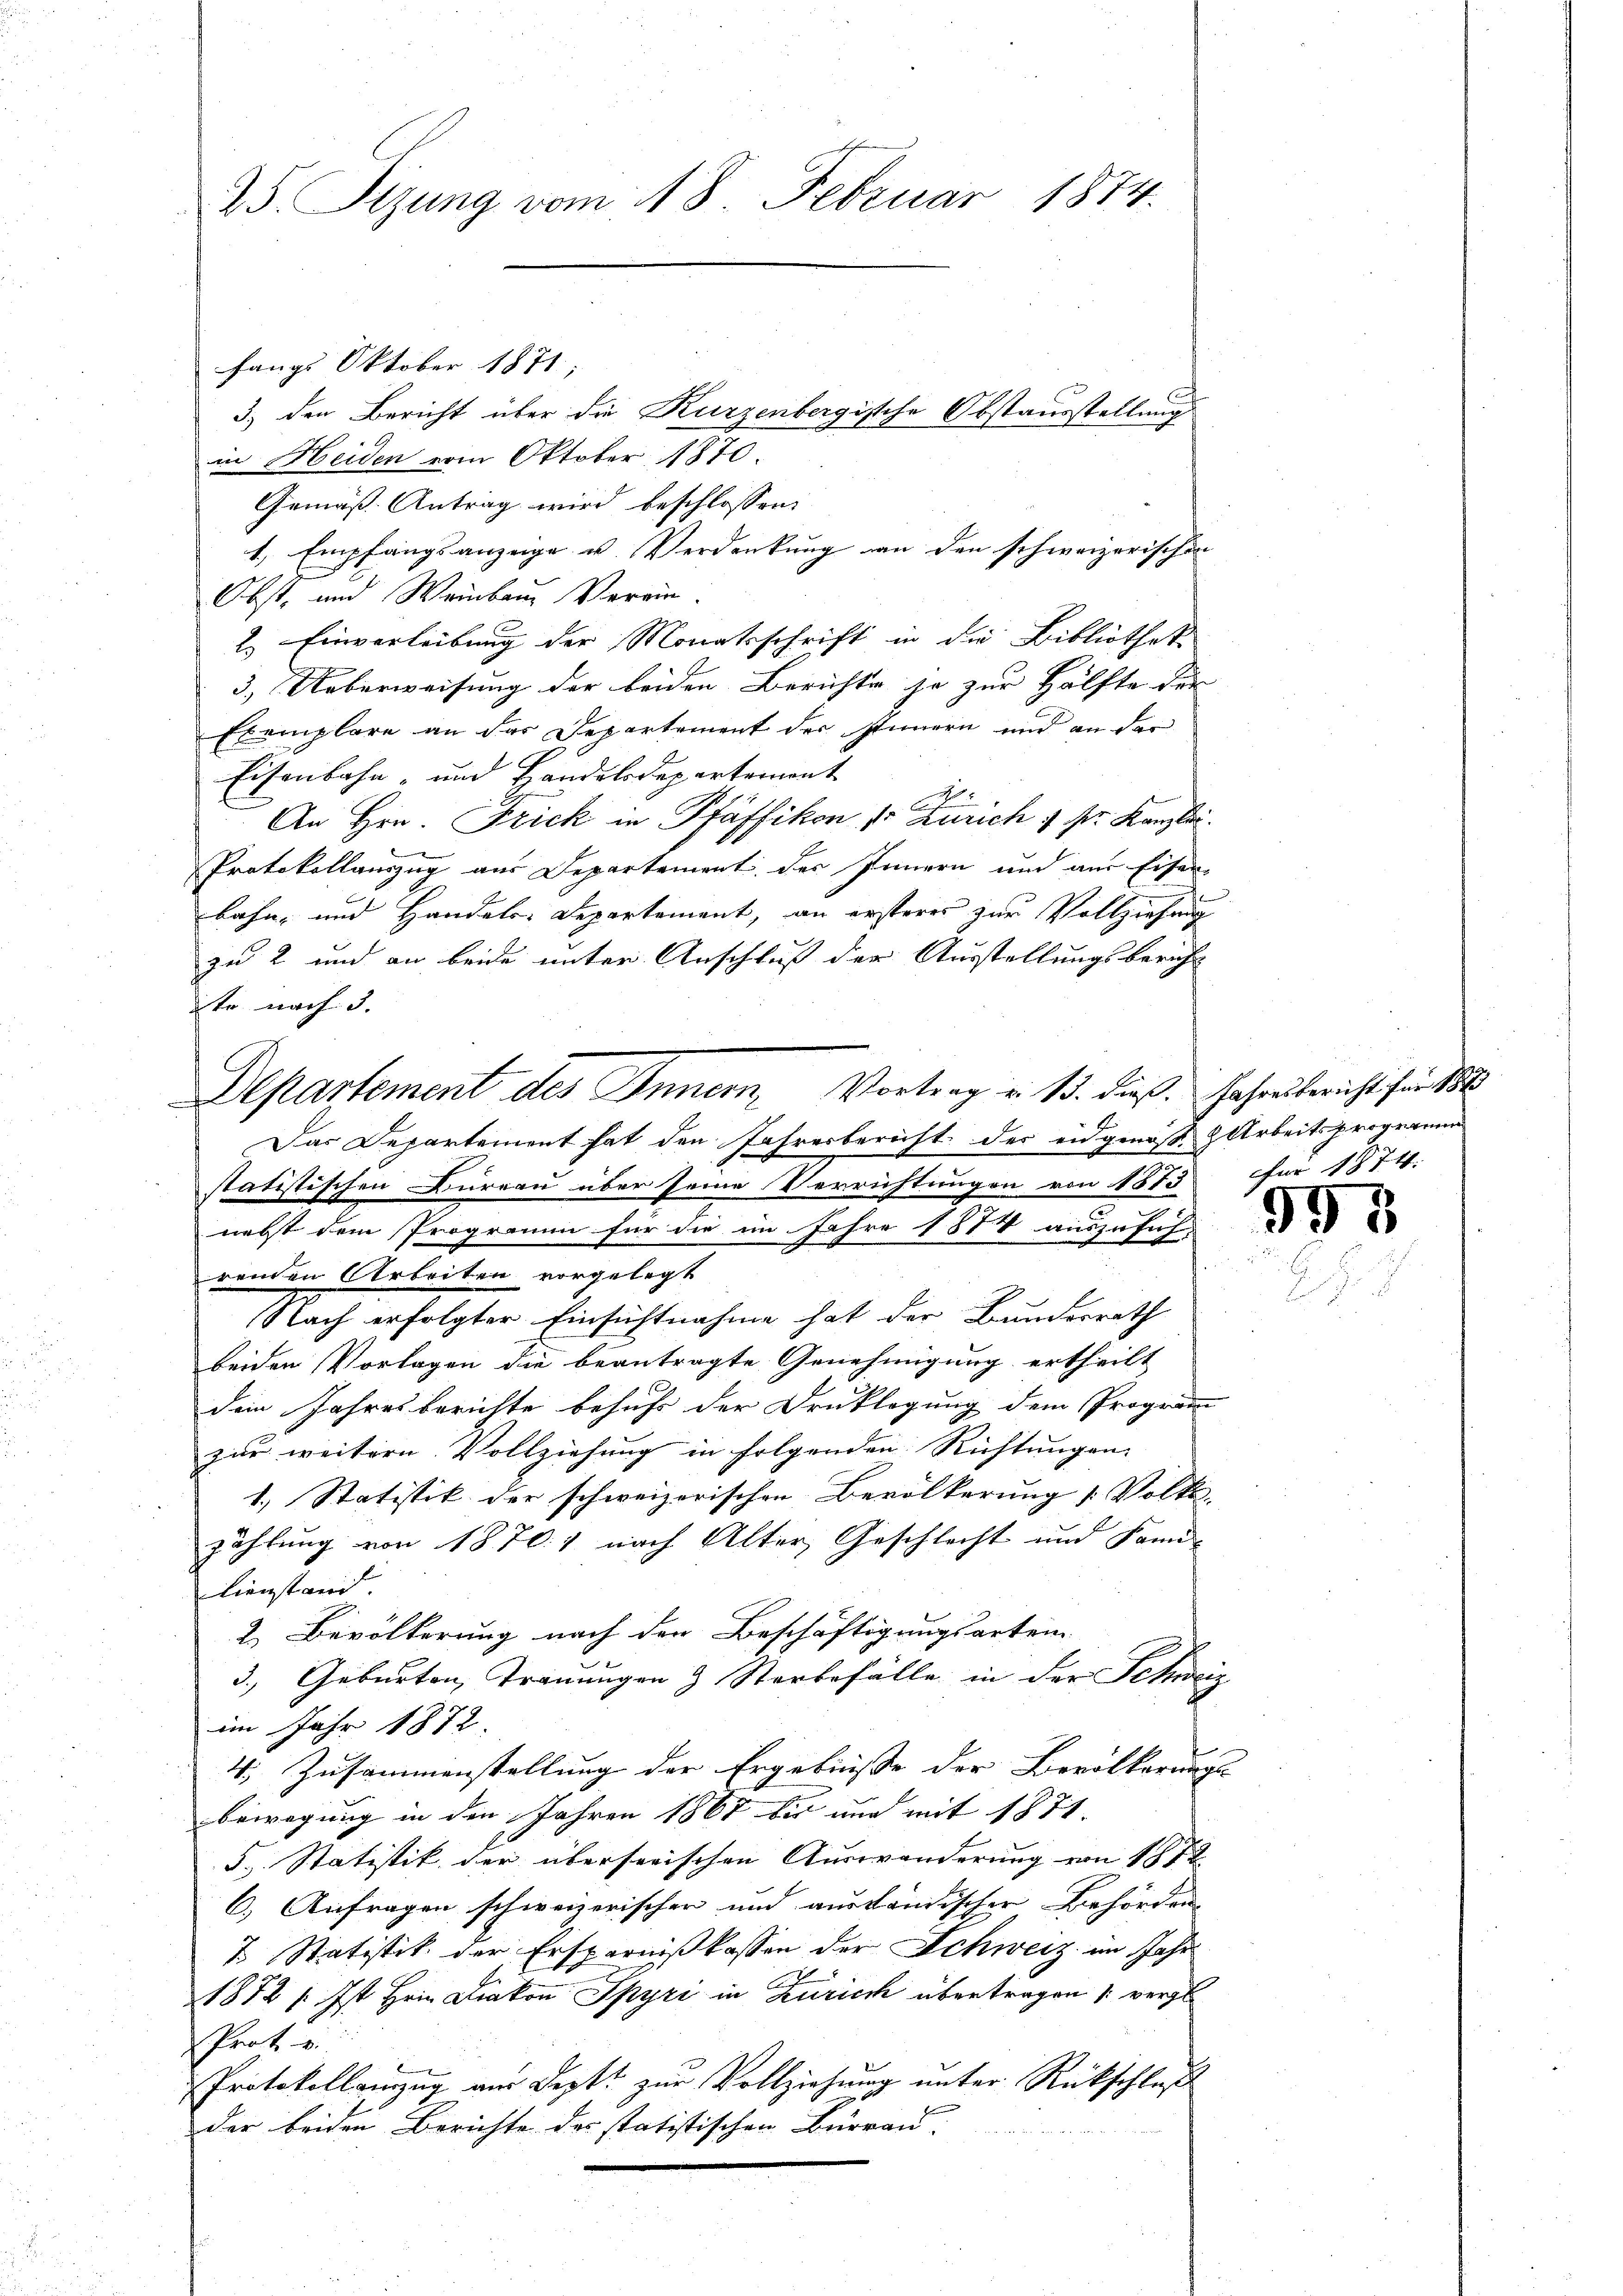
25. Sizung vom 18. Februar 1874.

fangs Oktober 1871.
3) den Bericht über die Kurzenbergische Obstausstellung
in Heiden vom Oktober 1870.
Gemäß Antrag wird beschlossen:
1, Empfangsanzeige u Verdankung an den schweizerischen
Obst, und Weinbar Verein
2. Einverleibung der Monatsschrift in die Bibliothek
3.) Ueberweisung der beiden Berichte je zur Hälfte der
Exemplare an das Departement der stimmern und an der
Eisenbahn- und Handelsdepartement
An Hrn. Frick in Pfäffikon 1. Zürich 1 sr. Kanzlei
Protokollauszug aus Departement des Innern und aus Eisen
bahn- und Handels-Departement, an ersteres zur Vollziehung
zu 2 und an beide unter Anschluß der Ausstellungsbericht
te nach 3.
Das Departement hat den Jahresbericht des eidgenoße Arbeitsprogramm
statistischen Bureau über seine Verrichtungen von 1873
nebst dem Programm für die im Jahre 1874 auszusichrenden Arbeiten vorgelegt
Nach erfolgter Einsichtnahme hat der Bundesrath
beiden Vorlagen die beantragte Genehmigung ertheilt
dein Jahresberichte behufe der Druklegung dem Program-
zur weitern Vollziehung in folgenden Richtungen. |
1.) Statistik der schweizerischen Bevölkerung [Volks-
zählung von 1870. 4 nach Alter, Geschlecht und Sani-
lienstand.
2. Bevölkerung nach den Beschäftigungsarten
3. Geburten, Trauungen & Sterbefälle in der Schwer
im Jahr 1872
4., Zusammenstellung der Ergebnisse der Bevölkerung
bewegung in den Jahren 1867 bis und mit 1871.
5. Statistik der überserischen Auswanderung von 1872
6.) Anfragen schweizerischen und ausländischer Behörden |
7. Statistik der Ersparnißkassen der Schweiz im Jahr
1872 f. Ist Hrn Diakon Spyri in Zürich übertragen 1 vergl
Prot. v.
E
Protokollanzug aus Dept. zur Vollziehung unter Rückschluß
der beiden Berichte der statistischen Bürrau.

Departement des Innern Vortrag v. 13. dieß

Jahresbericht für 1873
für 1874.

g
e

93